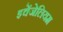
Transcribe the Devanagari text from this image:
इवेंजेलियम